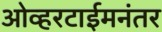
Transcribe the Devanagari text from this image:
ओव्हरटाईमनंतर